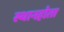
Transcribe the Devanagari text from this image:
स्थानहोता